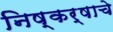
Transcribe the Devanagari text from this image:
निष्कर्षाचे